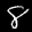
Label: 8